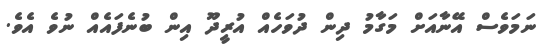
ނަމަވެސް އޭނާއަށް މަގާމު ދިން ދުވަހެއް އުރީދޫ އިން ބުނެފައެއް ނުވެ އެވެ.